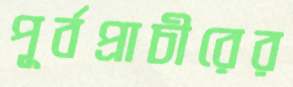
পূর্বপ্রাচীরের